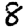
Digit: 8